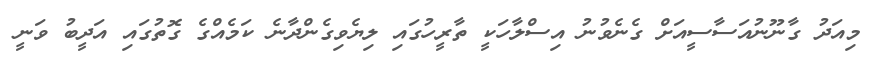
މިއަދު ގާނޫނުއަސާސީއަށް ގެނެވުނު އިސްލާހަކީ ތާރީހުގައި ލިޔެވިގެންދާނެ ކަމެއްގެ ގޮތުގައި އަދީބު ވަނީ